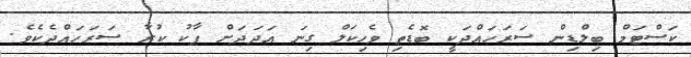
ކަސްޓަމް ބިލްޑިން ސަރަހައްދަކީ ބޮޑެތި ވެހިކަލް ގިނަ އަދަދަށް ޕާކު ކުރާ ސަރަހައްދެކެވެ.